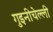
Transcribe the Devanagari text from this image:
गुइनीचेल्ली